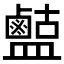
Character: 𪉶